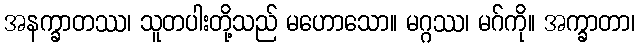
အနက္ခာတဿ၊ သူတပါးတို့သည် မဟောသော။ မဂ္ဂဿ၊ မဂ်ကို။ အက္ခာတာ၊